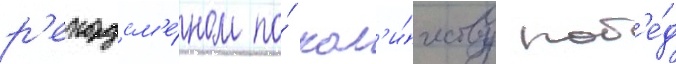
р'екордсм'е́ном по́ кол'и́честву поб'е́д